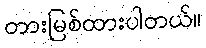
တားမြစ်ထားပါတယ်။